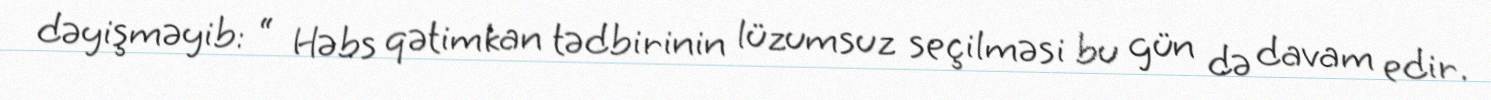
dəyişməyib: “ Həbs qətimkan tədbirinin lüzumsuz seçilməsi bu gün də davam edir.